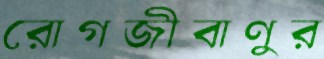
রোগজীবাণুর